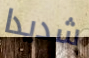
شديدا